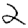
Digit: 2